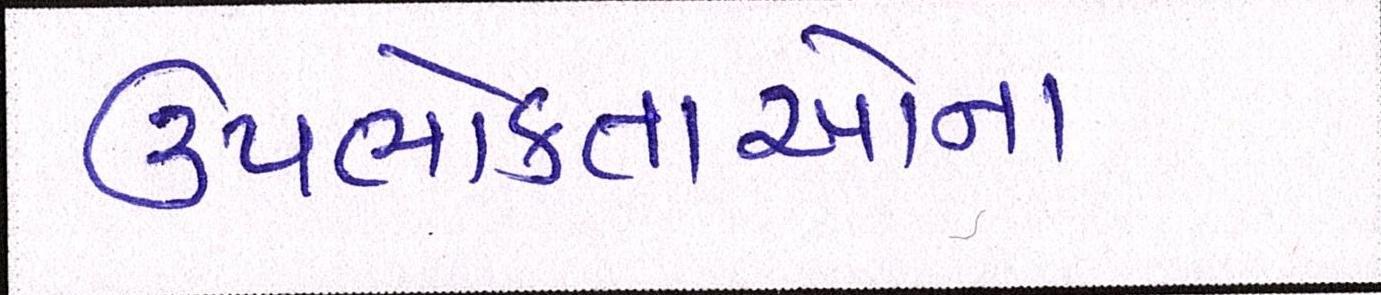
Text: ઉપભોક્તાઓના